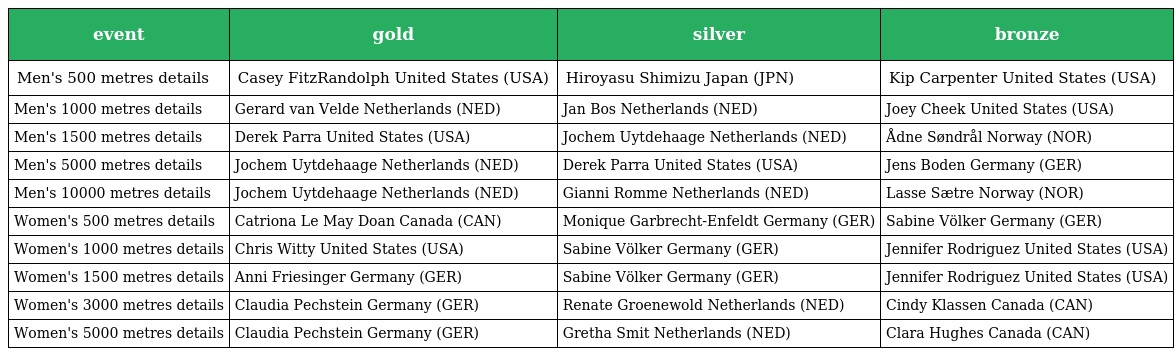
| event | gold | silver | bronze |
 | --- | --- | --- | --- |
 | Men's 500 metres details | Casey FitzRandolph United States (USA) | Hiroyasu Shimizu Japan (JPN) | Kip Carpenter United States (USA) |
 | Men's 1000 metres details | Gerard van Velde Netherlands (NED) | Jan Bos Netherlands (NED) | Joey Cheek United States (USA) |
 | Men's 1500 metres details | Derek Parra United States (USA) | Jochem Uytdehaage Netherlands (NED) | Ådne Søndrål Norway (NOR) |
 | Men's 5000 metres details | Jochem Uytdehaage Netherlands (NED) | Derek Parra United States (USA) | Jens Boden Germany (GER) |
 | Men's 10000 metres details | Jochem Uytdehaage Netherlands (NED) | Gianni Romme Netherlands (NED) | Lasse Sætre Norway (NOR) |
 | Women's 500 metres details | Catriona Le May Doan Canada (CAN) | Monique Garbrecht-Enfeldt Germany (GER) | Sabine Völker Germany (GER) |
 | Women's 1000 metres details | Chris Witty United States (USA) | Sabine Völker Germany (GER) | Jennifer Rodriguez United States (USA) |
 | Women's 1500 metres details | Anni Friesinger Germany (GER) | Sabine Völker Germany (GER) | Jennifer Rodriguez United States (USA) |
 | Women's 3000 metres details | Claudia Pechstein Germany (GER) | Renate Groenewold Netherlands (NED) | Cindy Klassen Canada (CAN) |
 | Women's 5000 metres details | Claudia Pechstein Germany (GER) | Gretha Smit Netherlands (NED) | Clara Hughes Canada (CAN) |